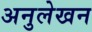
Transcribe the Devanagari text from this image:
अनुलेखन